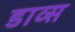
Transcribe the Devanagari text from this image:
डाव्स